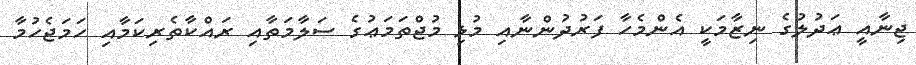
ޖިނާއީ ޢަދުލުގެ ނިޒާމަކީ އެންމެހާ ފަރުދުންނާއި މުޅި މުޖްތަމަޢުގެ ސަލާމަތާއި ރައްކާތެރިކަމާއި ހަމަޖެހުމާ